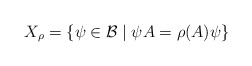
\begin{align*}X_{\rho }=\left\{ \psi \in \mathcal{B}\mid \psi A=\rho (A)\psi \right\}\end{align*}